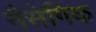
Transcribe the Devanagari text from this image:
नैसेगिक